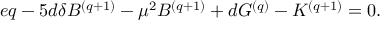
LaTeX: e q - 5 d \delta B ^ { ( q + 1 ) } - { \mu } ^ { 2 } B ^ { ( q + 1 ) } + d G ^ { ( q ) } - K ^ { ( q + 1 ) } = 0 .